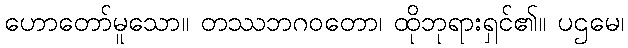
ဟောတော်မူသော။ တဿဘဂဝတော၊ ထိုဘုရားရှင်၏။ ပဌမေ၊